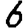
Digit: 6